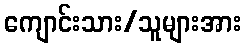
ကျောင်းသား/သူများအား